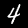
Digit: 4